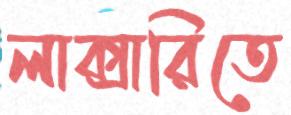
লাক্সারিতে